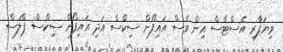
ވިޔަފާރި އެސްޓާސް އިން ވެސް އައިފޯން ސިކްސް އަދި އައިފޯން ސިކްސް ޕްލަސް